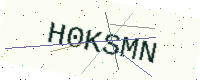
Text: H0KSMN